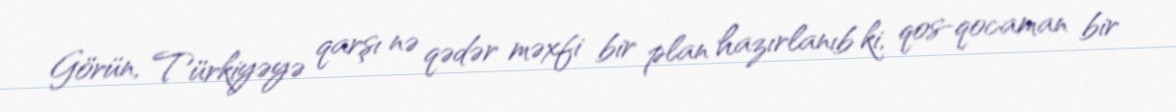
Görün, Türkiyəyə qarşı nə qədər məxfi bir plan hazırlanıb ki, qos-qocaman bir